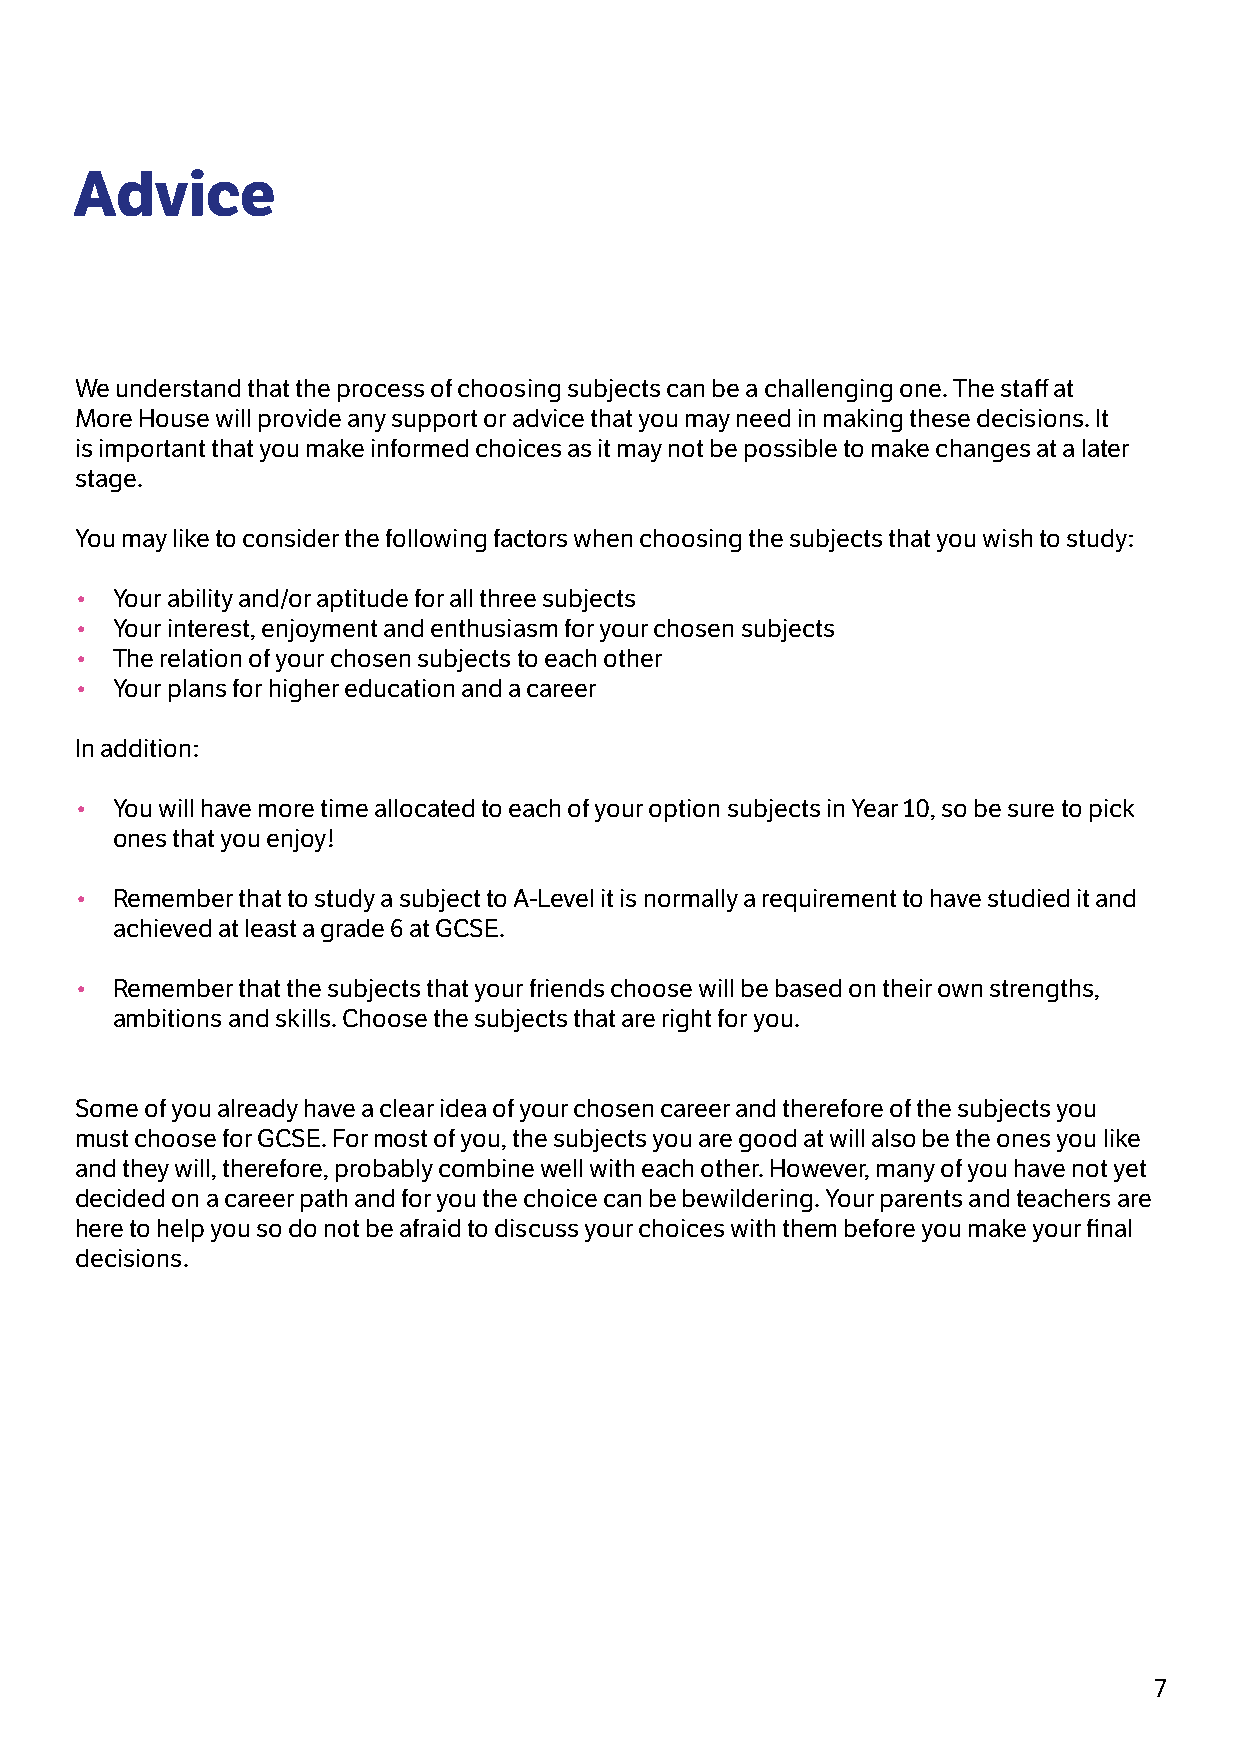
Advice
 We understand that the process of choosing subjects can be a challenging one. The staff at
 More House will provide any support or advice that you may need in making these decisions. It
 is important that you make informed choices as it may not be possible to make changes at a later
 stage.
 You may like to consider the following factors when choosing the subjects that you wish to study:
 • Your ability and/or aptitude for all three subjects
 • Your interest, enjoyment and enthusiasm for your chosen subjects
 • The relation of your chosen subjects to each other
 • Your plans for higher education and a career
 In addition:
 • You will have more time allocated to each of your option subjects in Year 10, so be sure to pick
 ones that you enjoy!
 • Remember that to study a subject to A-Level it is normally a requirement to have studied it and
 achieved at least a grade 6 at GCSE.
 • Remember that the subjects that your friends choose will be based on their own strengths,
 ambitions and skills. Choose the subjects that are right for you.
 Some of you already have a clear idea of your chosen career and therefore of the subjects you
 must choose for GCSE. For most of you, the subjects you are good at will also be the ones you like
 and they will, therefore, probably combine well with each other. However, many of you have not yet
 decided on a career path and for you the choice can be bewildering. Your parents and teachers are
 here to help you so do not be afraid to discuss your choices with them before you make your final
 decisions.
 7